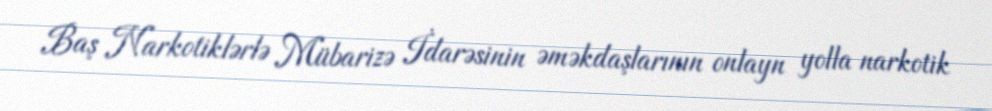
Baş Narkotiklərlə Mübarizə İdarəsinin əməkdaşlarının onlayn yolla narkotik